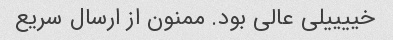
خییییلی عالی بود. ممنون از ارسال سریع